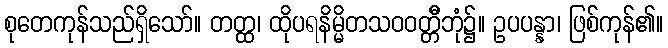
စုတေကုန်သည်ရှိသော်။ တတ္ထ၊ ထိုပရနိမ္မိတသဝဝတ္တိီဘုံ၌။ ဥပပန္နာ၊ ဖြစ်ကုန်၏။